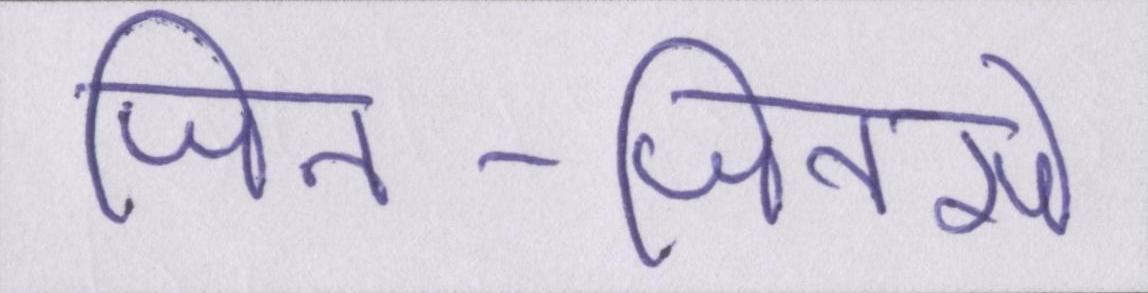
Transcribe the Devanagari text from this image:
जिन-जिनसे